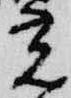
光